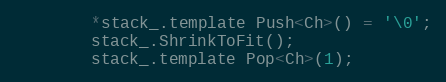
Language: C
        *stack_.template Push<Ch>() = '\0';
        stack_.ShrinkToFit();
        stack_.template Pop<Ch>(1);